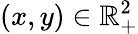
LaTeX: (x,y)\in\mathbb{R}_{+}^{2}